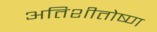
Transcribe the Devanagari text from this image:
अतिशीतोष्ण